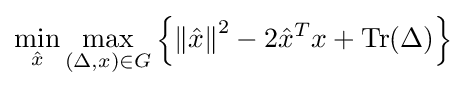
\min _{\hat {x}}\max _{(\Delta ,x)\in G}\left\{\left\|{\hat {x}}\right\|^{2}-2{\hat {x}}^{T}x+\operatorname {Tr} (\Delta )\right\}